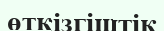
өткізгіштік